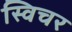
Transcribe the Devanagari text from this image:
स्विचर